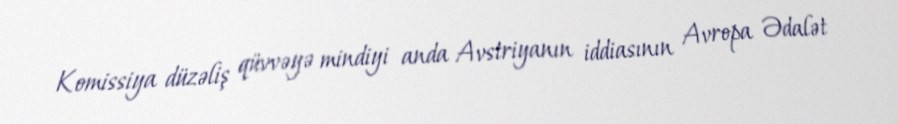
Komissiya düzəliş qüvvəyə mindiyi anda Avstriyanın iddiasının Avropa Ədalət